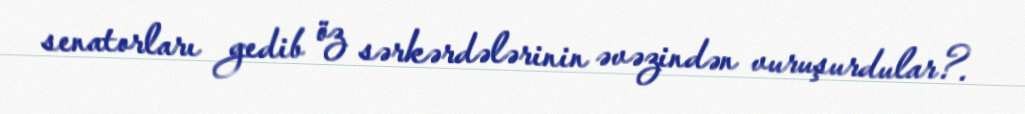
senatorları gedib öz sərkərdələrinin əvəzindən vuruşurdular?.